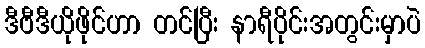
ဒီဗီဒီယိုဖိုင်ဟာ တင်ပြီး နာရီပိုင်းအတွင်းမှာပဲ